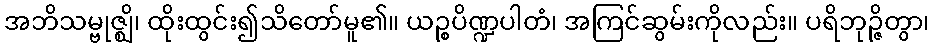
အဘိသမ္ဗုဇ္ဈိ၊ ထိုးထွင်း၍သိတော်မူ၏။ ယဉ္စပိဏ္ဍပါတံ၊ အကြင်ဆွမ်းကိုလည်း။ ပရိဘုဉ္ဇိတွာ၊